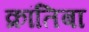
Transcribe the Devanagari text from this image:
क्रांतिबा